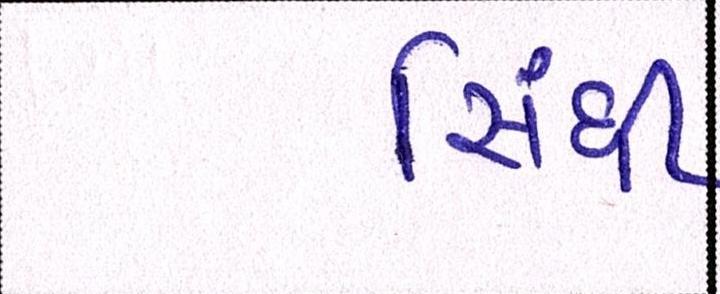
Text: સિંધી